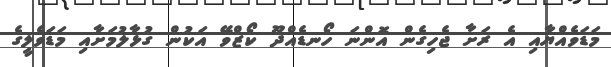
މަޑަވެއްޔާއި އެ ރަށާ ޖެހިގެން އޮންނަ ހޯނޑެއްދޫ ކޯޒްވޭ އަކުން ގުޅާލުމަށާއި މަޑަވެލީގެ